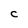
Character: C